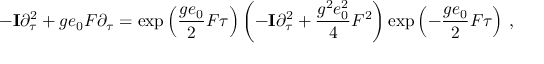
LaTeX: - { \bf I } \partial \sb \tau \sp 2 + g e \sb 0 F \partial \sb \tau = \exp \left( \frac { g e \sb 0 } { 2 } F \tau \right) \left( - { \bf I } \partial \sb \tau \sp 2 + \frac { g \sp 2 e \sb 0 \sp 2 } { 4 } F \sp 2 \right) \exp \left( - \frac { g e \sb 0 } { 2 } F \tau \right) \, ,